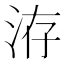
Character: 洊